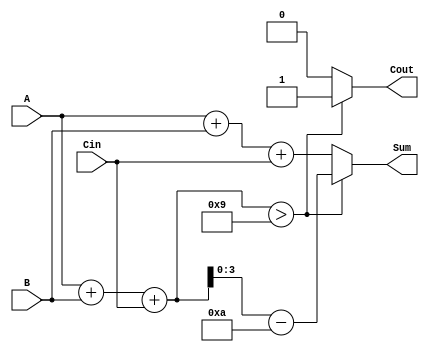
module Lab2_BCD_adder_behavior(output reg[3:0] Sum,output reg Cout,input[3:0] A,B,input Cin);
	reg out,out1,out2;
	always@(A,B,Cin) begin
		if(A+B+Cin>9)
			begin
				Sum=A+B+Cin-10;
				Cout=1;
			end
		else
			begin
				Sum=A+B+Cin;
				Cout=0;
			end
	end
endmodule